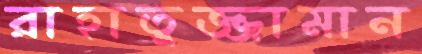
রাহাতুজ্জামান